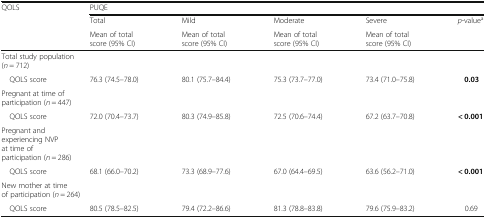
<table><thead><tr><td rowspan="3"><b>QOLS</b></td><td colspan="5"><b>PUQE</b></td></tr><tr><td><b>Total</b></td><td><b>Mild</b></td><td><b>Moderate</b></td><td><b>Severe</b></td><td><b><i>p</i>-value<sup>a</sup></b></td></tr><tr><td><b>Mean of total score (95% CI)</b></td><td><b>Mean of total score (95% CI)</b></td><td><b>Mean of total score (95% CI)</b></td><td><b>Mean of total score (95% CI)</b></td><td></td></tr></thead><tbody><tr><td colspan="6">Total study population (<i>n</i> = 712)</td></tr><tr><td> QOLS score</td><td>76.3 (74.5–78.0)</td><td>80.1 (75.7–84.4)</td><td>75.3 (73.7–77.0)</td><td>73.4 (71.0–75.8)</td><td><b>0.03</b></td></tr><tr><td colspan="6">Pregnant at time of participation (<i>n</i> = 447)</td></tr><tr><td> QOLS score</td><td>72.0 (70.4–73.7)</td><td>80.3 (74.9–85.8)</td><td>72.5 (70.6–74.4)</td><td>67.2 (63.7–70.8)</td><td><b>&lt; 0.001</b></td></tr><tr><td colspan="6">Pregnant and experiencing NVP at time of participation (<i>n</i> = 286)</td></tr><tr><td> QOLS score</td><td>68.1 (66.0–70.2)</td><td>73.3 (68.9–77.6)</td><td>67.0 (64.4–69.5)</td><td>63.6 (56.2–71.0)</td><td><b>&lt; 0.001</b></td></tr><tr><td colspan="6">New mother at time of participation (<i>n</i> = 264)</td></tr><tr><td> QOLS score</td><td>80.5 (78.5–82.5)</td><td>79.4 (72.2–86.6)</td><td>81.3 (78.8–83.8)</td><td>79.6 (75.9–83.2)</td><td>0.69</td></tr></tbody></table>